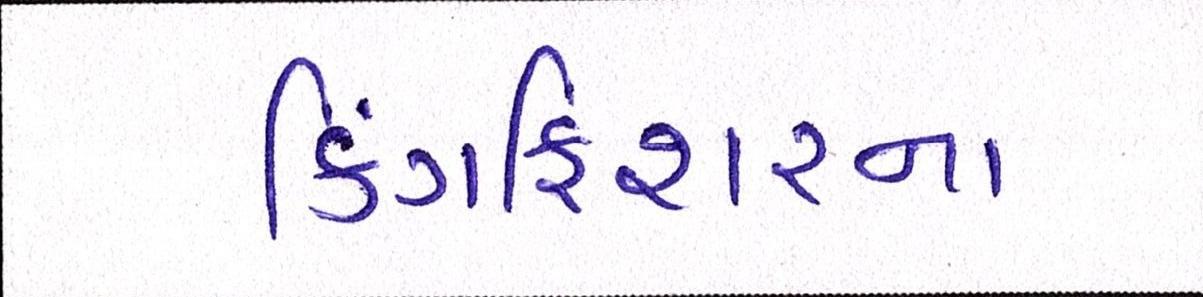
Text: કિંગફિશરના